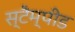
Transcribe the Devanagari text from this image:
स्टैम्पीड